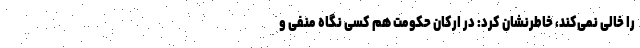
را خالی نمی‌کند، خاطرنشان کرد: در ارکان حکومت هم کسی نگاه منفی و